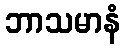
ဘာသမာနံ